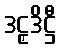
ဒဠှဒိဋ္ဌီ